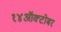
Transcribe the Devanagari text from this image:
१४ऑक्टोबर